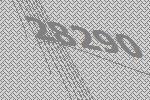
28290